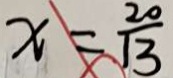
x = \frac { 2 0 } { 1 3 }